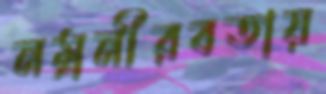
নম্রনীরবতায়